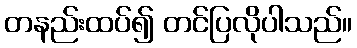
တနည်းထပ်၍ တင်ပြလိုပါသည်။